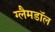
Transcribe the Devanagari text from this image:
ग्लैमडॉल